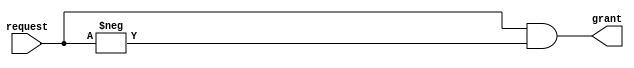
// This program was cloned from: https://github.com/zephray/RISu064
// License: MIT License

`timescale 1ns / 1ps
`default_nettype none
/*
 * Copyright (c) 2018, Gary Guo
 * All rights reserved.
 *
 * Redistribution and use in source and binary forms, with or without
 * modification, are permitted provided that the following conditions are met:
 *
 *  * Redistributions of source code must retain the above copyright notice,
 *    this list of conditions and the following disclaimer.
 *  * Redistributions in binary form must reproduce the above copyright
 *    notice, this list of conditions and the following disclaimer in the
 *    documentation and/or other materials provided with the distribution.
 *
 * THIS SOFTWARE IS PROVIDED BY THE AUTHOR AND CONTRIBUTORS ``AS IS'' AND ANY
 * EXPRESS OR IMPLIED WARRANTIES, INCLUDING, BUT NOT LIMITED TO, THE IMPLIED
 * WARRANTIES OF MERCHANTABILITY AND FITNESS FOR A PARTICULAR PURPOSE ARE
 * DISCLAIMED. IN NO EVENT SHALL THE AUTHOR OR CONTRIBUTORS BE LIABLE FOR ANY
 * DIRECT, INDIRECT, INCIDENTAL, SPECIAL, EXEMPLARY, OR CONSEQUENTIAL DAMAGES
 * (INCLUDING, BUT NOT LIMITED TO, PROCUREMENT OF SUBSTITUTE GOODS OR
 * SERVICES; LOSS OF USE, DATA, OR PROFITS; OR BUSINESS INTERRUPTION) HOWEVER
 * CAUSED AND ON ANY THEORY OF LIABILITY, WHETHER IN CONTRACT, STRICT
 * LIABILITY, OR TORT (INCLUDING NEGLIGENCE OR OTHERWISE) ARISING IN ANY WAY
 * OUT OF THE USE OF THIS SOFTWARE, EVEN IF ADVISED OF THE POSSIBILITY OF SUCH
 * DAMAGE.
 */

// A simple priority arbiter. Less significant bits take precedence over more significant bits.
module priority_arbiter #(
    parameter WIDTH = -1
) (
    input  wire [WIDTH-1:0] request,
    output wire [WIDTH-1:0] grant
);

    // Bit hack to get the lowest bit set
    assign grant = request & -request;

endmodule